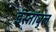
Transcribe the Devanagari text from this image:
इंस्तांबुल